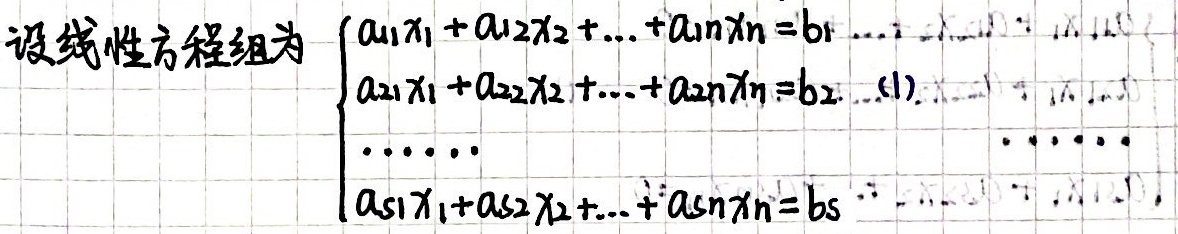
设线性方程组为：
\[\begin{cases}a_{11}x_1 + a_{12}x_2 + \cdots + a_{1n}x_n = b_1 \\a_{21}x_1 + a_{22}x_2 + \cdots + a_{2n}x_n = b_2 \\\cdots\cdots \\a_{s1}x_1 + a_{s2}x_2 + \cdots + a_{sn}x_n = b_s\end{cases}\]